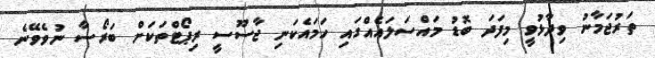
ތަރުޖަމާނު ވިދާޅުވީ މިފަދަ ބޮޑު މައްސަލައެއްގައި ހަމައެކަނި ޖާސޫސީ ރިޕޯޓްތަކަށް ބަރޯސާ ނުވެވޭނެ